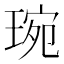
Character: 琬